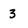
Character: 3